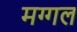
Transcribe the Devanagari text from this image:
मग्गल